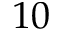
1 0